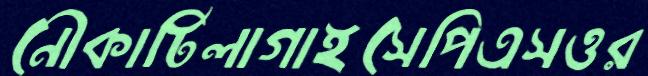
নৌকাটিলাগাইসেপিএসওর